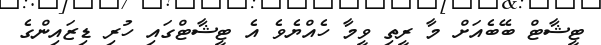
ޓީޝާޓް ބޭބެއަށް މާ ރީތި ވީމާ ހެއްޔެވެ އެ ޓީޝާޓްގައި ހުރި ޑިޒައިންގެ